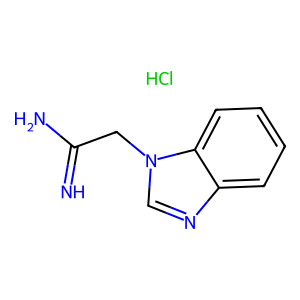
SMILES: Cl.N=C(N)Cn1cnc2ccccc21
Inhibits HIV replication: No